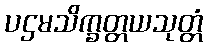
ပဌမသိက္ခတ္တယသုတ္တံ